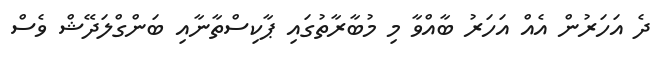
ދެ އަހަރުން އެއް އަހަރު ބާއްވާ މި މުބާރާތުގައި ޕާކިސްތާނާއި ބަންގްލަދޭޝް ވެސް